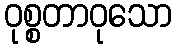
ဝုစ္စတာဝုသော